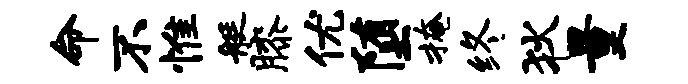
命不惟艇膝优堕掩终狄量